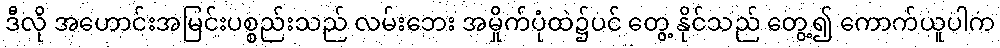
ဒီလို အဟောင်းအမြင်းပစ္စည်းသည် လမ်းဘေး အမှိုက်ပုံထဲ၌ပင် တွေ့ နိုင်သည် တွေ့၍ ကောက်ယူပါက